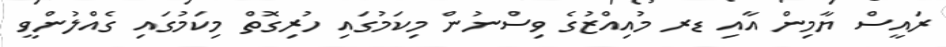
ރައީސް ޔާމިން އާއި ޑރ މުއިއްޒުގެ ވިސްނުން މިކަމުގައި ހުރިގޮތް މިކަމުގައި ގެއްލުންވީ